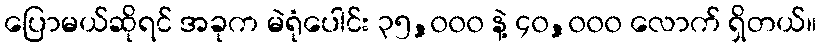
ပြောမယ်ဆိုရင် အခုက မဲရုံပေါင်း ၃၅,၀၀၀ နဲ့ ၄၀,၀၀၀ လောက် ရှိတယ်။